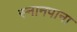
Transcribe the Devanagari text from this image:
स्नानपाना